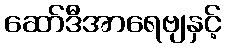
ဆော်ဒီအာရေဗျနှင့်